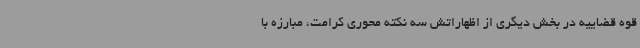
قوه قضاییه در بخش دیگری از اظهاراتش سه نکته محوری کرامت، مبارزه با